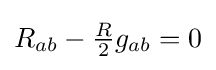
R_{ab}-{\tfrac {R}{2}}g_{ab}=0